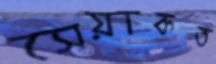
সেয়াকত